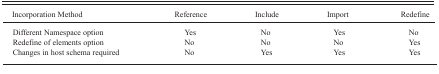
| Incorporation Method | Reference | Include | Import | Redefine |
 | --- | --- | --- | --- | --- |
 | Different Namespace option | Yes | No | Yes | No |
 | Redefine of elements option | No | No | No | Yes |
 | Changes in host schema required | No | Yes | Yes | Yes |